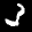
Label: 3